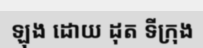
ឡុង ដោយ ដុត ទីក្រុង